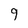
Character: 9